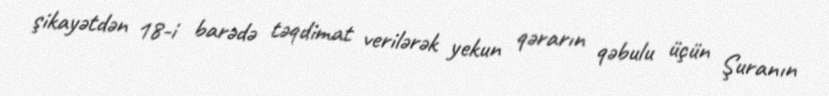
şikayətdən 18-i barədə təqdimat verilərək yekun qərarın qəbulu üçün Şuranın